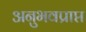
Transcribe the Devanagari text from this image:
अनुभवप्राप्त